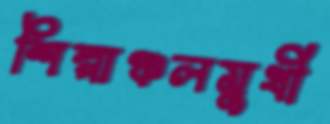
শিল্পাঞ্চলমুখী